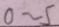
0 \sim 5